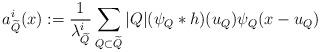
LaTeX: \begin{align*}a_{\widetilde{Q}}^{i}(x):=\frac{1}{\lambda_{\widetilde{Q}}^{i}}\sum_{Q\subset\widetilde{Q}}\vert Q\vert(\psi_{Q}\ast h)(u_Q)\psi_{Q}(x-u_Q)\end{align*}